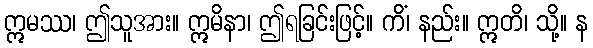
ဣမဿ၊ ဤသူအား။ ဣမိနာ၊ ဤရခြင်းဖြင့်။ ကိံ၊ နည်း။ ဣတိ၊ သို့။ န